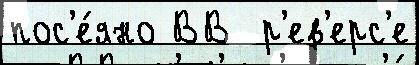
пос'е́яно ВВ  р'ев'ерс'е